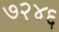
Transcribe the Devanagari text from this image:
७२४६